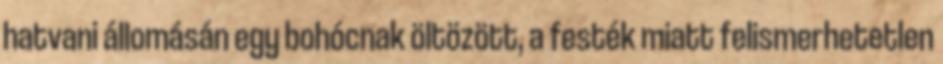
hatvani állomásán egy bohócnak öltözött, a festék miatt felismerhetetlen